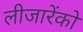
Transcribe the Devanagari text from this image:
लीजारेंको